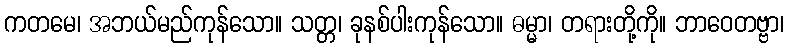
ကတမေ၊ အဘယ်မည်ကုန်သော။ သတ္တ၊ ခုနစ်ပါးကုန်သော။ ဓမ္မာ၊ တရားတို့ကို။ ဘာဝေတဗ္ဗာ၊